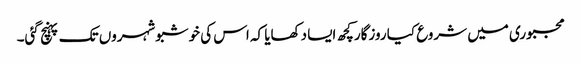
مجبوری میں شروع کیا روزگارکچھ ایسا دکھایا کہ اس کی خوشبوشہروں تک پہنچ گئی۔